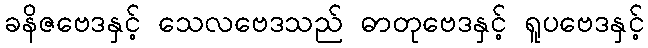
ခနိဇဗေဒနှင့် သေလဗေဒသည် ဓာတုဗေဒနှင့် ရူပဗေဒနှင့်